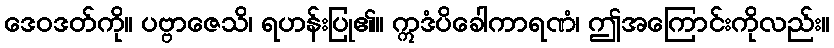
ဒေဝဒတ်ကို။ ပဗ္ဗာဇေသိ၊ ရဟန်းပြု၏။ ဣဒံပိခေါကာရဏံ၊ ဤအကြောင်းကိုလည်း။